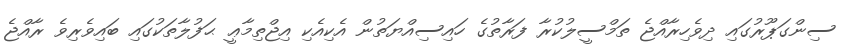
ސިންގަޕޫރުގައި ދިވެހިރާއްޖެ ތަމްސީލުކުރާ ފަރާތުގެ ހައިސިއްޔަތުން އެކިއެކި އިޖްތިމާޢީ ޙަފުލާތަކުގައި ބައިވެރިވެ ރާއްޖެ